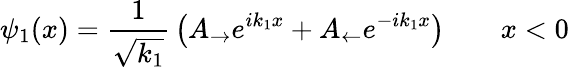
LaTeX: \psi_{1}(x)={\frac{1}{\sqrt{k_{1}}}}\left(A_{\rightarrow}e^{ik_{1}x}+A_{\leftarrow}e^{-ik_{1}x}\right)\qquad x<0